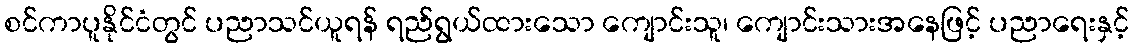
စင်ကာပူနိုင်ငံတွင် ပညာသင်ယူရန် ရည်ရွယ်ထားသော ကျောင်းသူ၊ ကျောင်းသားအနေဖြင့် ပညာရေးနှင့်